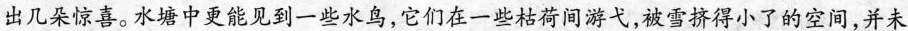
出几朵惊喜。水塘中更能见到一些水鸟，它们在一些枯荷间游弋，被雪挤得小了的空间，并未